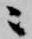
ニ